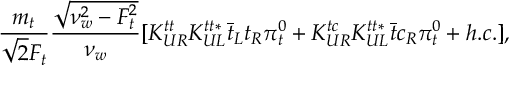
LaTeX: \frac { m _ { t } } { \sqrt { 2 } F _ { t } } \frac { \sqrt { \nu _ { w } ^ { 2 } - F _ { t } ^ { 2 } } } { \nu _ { w } } [ K _ { U R } ^ { t t } K _ { U L } ^ { t t \ast } \bar { t } _ { L } t _ { R } \pi _ { t } ^ { 0 } + K _ { U R } ^ { t c } K _ { U L } ^ { t t \ast } \bar { t } c _ { R } \pi _ { t } ^ { 0 } + h . c . ] ,